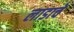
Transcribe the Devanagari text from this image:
लाडाचे